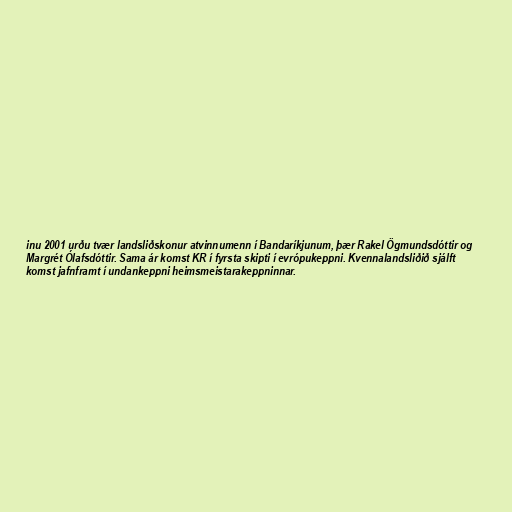
inu 2001 urðu tvær landsliðskonur atvinnumenn í Bandaríkjunum, þær Rakel Ögmundsdóttir og
Margrét Ólafsdóttir. Sama ár komst KR í fyrsta skipti í evrópukeppni. Kvennalandsliðið sjálft
komst jafnframt í undankeppni heimsmeistarakeppninnar.